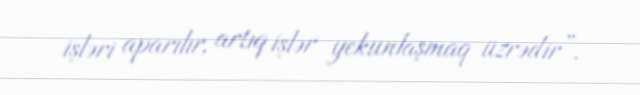
işləri aparılır, artıq işlər yekunlaşmaq üzrədir”.